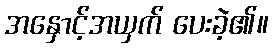
အနှောင့်အယှက် ပေးခဲ့၏။